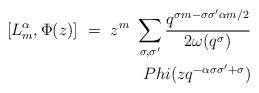
LaTeX: \begin{align*}[L^{\alpha}_m , \Phi(z)] \ =\ z^m \ \sum_{\sigma ,\sigma'}\frac{q^{\sigma m-\sigma \sigma' \alpha m/2}}{2\omega (q^{\sigma})}\\Phi (zq^{-\alpha \sigma \sigma'+\sigma})\end{align*}